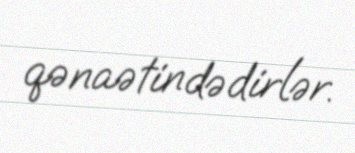
qənaətindədirlər.